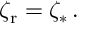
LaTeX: \zeta _ { \mathrm { r } } = \zeta _ { * } \, .